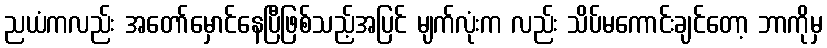
ညယံကလည်း အတော်မှောင်နေပြီဖြစ်သည့်အပြင် မျက်လုံးက လည်း သိပ်မကောင်းချင်တော့ ဘာကိုမှ